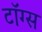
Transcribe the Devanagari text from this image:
टॉग्स